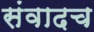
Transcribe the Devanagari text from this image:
संवादच